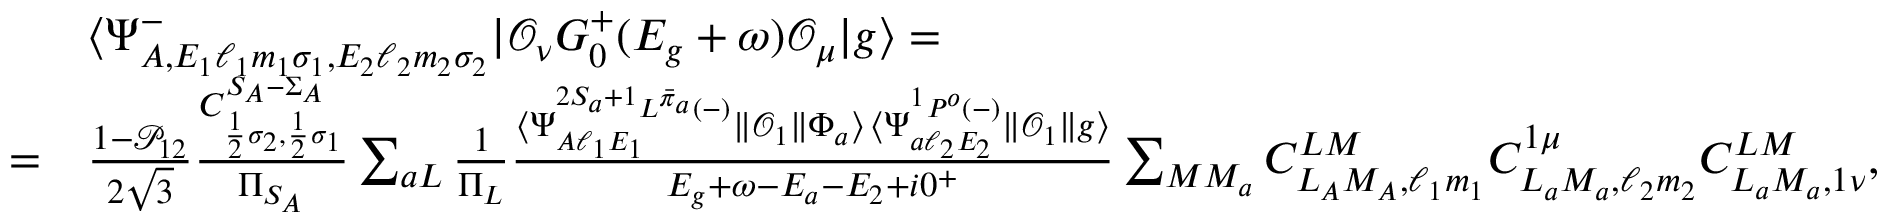
\begin{array} { r l } & { \langle \Psi _ { A , E _ { 1 } \ell _ { 1 } m _ { 1 } \sigma _ { 1 } , E _ { 2 } \ell _ { 2 } m _ { 2 } \sigma _ { 2 } } ^ { - } | \mathcal { O } _ { \nu } G _ { 0 } ^ { + } ( E _ { g } + \omega ) \mathcal { O } _ { \mu } | g \rangle = } \\ { = } & { \frac { 1 - \mathcal { P } _ { 1 2 } } { 2 \sqrt { 3 } } \frac { C _ { \frac { 1 } { 2 } \sigma _ { 2 } , \frac { 1 } { 2 } \sigma _ { 1 } } ^ { S _ { A } - \Sigma _ { A } } } { \Pi _ { S _ { A } } } \sum _ { a L } \frac { 1 } { \Pi _ { L } } \frac { \langle \Psi _ { A \ell _ { 1 } E _ { 1 } } ^ { ^ { 2 S _ { a } + 1 } L ^ { \bar { \pi } _ { a } } ( - ) } \| \mathcal { O } _ { 1 } \| \Phi _ { a } \rangle \, \langle \Psi _ { a \ell _ { 2 } E _ { 2 } } ^ { { ^ 1 P ^ { o } } ( - ) } \| \mathcal { O } _ { 1 } \| g \rangle } { E _ { g } + \omega - E _ { a } - E _ { 2 } + i 0 ^ { + } } \sum _ { M M _ { a } } C _ { L _ { A } M _ { A } , \ell _ { 1 } m _ { 1 } } ^ { L M } C _ { L _ { a } M _ { a } , \ell _ { 2 } m _ { 2 } } ^ { 1 \mu } C _ { L _ { a } M _ { a } , 1 \nu } ^ { L M } , } \end{array}